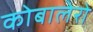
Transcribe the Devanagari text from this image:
कोबालेरो